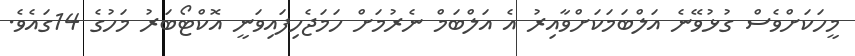
މީހަކަށްވެސް ގުޅުވޭނެ އަލްބަމަކަށްވާއިރު އެ އަލްބަމް ނެރުމަށް ހަމަޖެހިފައިވަނީ އޮކްޓޯބަރު މަހުގެ 14ގައެވެ.